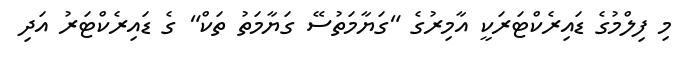
މި ފިލްމުގެ ޑައިރެކްޓަރަކީ އާމިރުގެ "ގަޔާމަތުސޭ ގަޔާމަތު ތަކް" ގެ ޑައިރެކްޓަރު އަދި